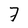
Character: 7